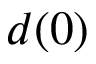
d ( 0 )